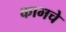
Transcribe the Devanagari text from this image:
कामचे